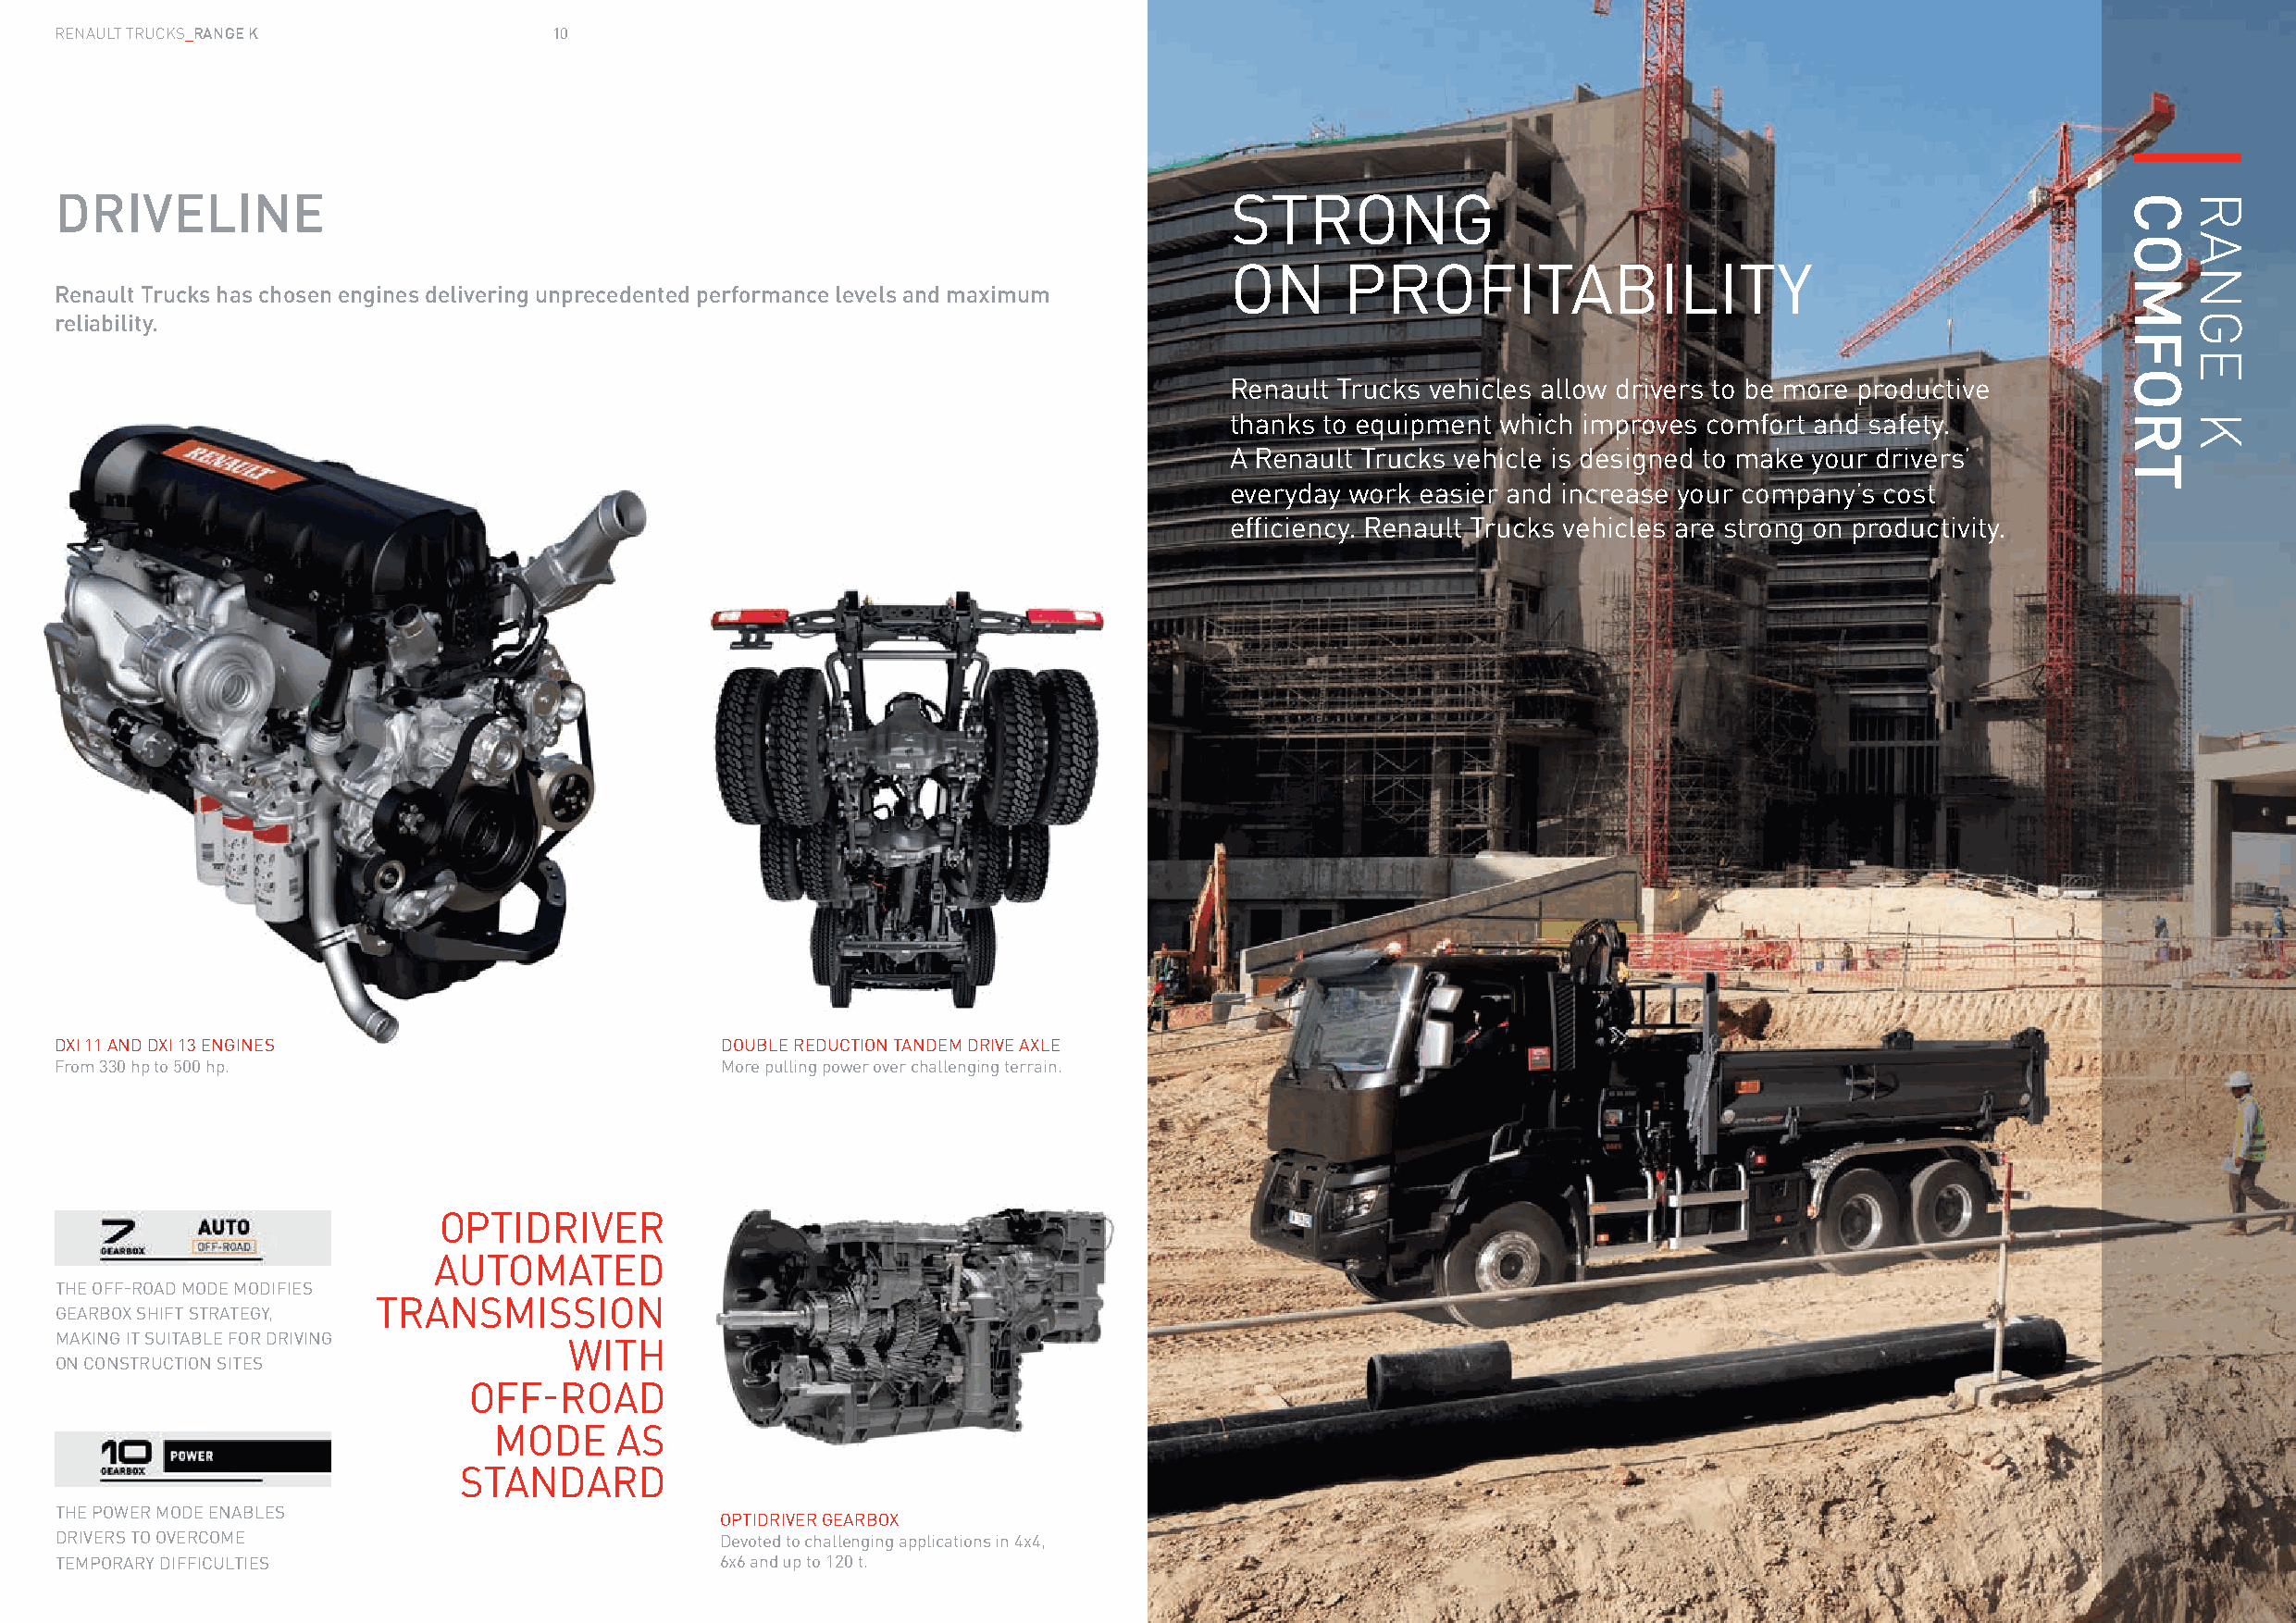
RENAULT TRUCKS_RANGE K              10
 DRIVELINE                                                                           STRONG
 ON      PROFITABILITY
 Renault Trucks has chosen engines delivering unprecedented performance levels and maximum
 reliability.
 Renault Trucks vehicles allow drivers to be more productive
 thanks to equipment which improves comfort and safety.
 A Renault Trucks vehicle is designed to make your drivers’
 everyday work easier and increase your company’s cost
 efficiency. Renault Trucks vehicles are strong on productivity.
 DXI 11 AND DXI 13 ENGINES                       DOUBLE REDUCTION TANDEM DRIVE AXLE
 From 330 hp to 500 hp.                          More pulling power over challenging terrain.
 OPTIDRIVER
 AUTOMATED
 THE OFF-ROAD MODE MODIFIES
 TRANSMISSION
 GEARBOX SHIFT STRATEGY,
 MAKING IT SUITABLE FOR DRIVING
 WITH
 ON CONSTRUCTION SITES
 OFF-ROAD
 MODE     AS
 STANDARD
 THE POWER MODE ENABLES
 OPTIDRIVER GEARBOX
 DRIVERS TO OVERCOME                            Devoted to challenging applications in 4x4,
 TEMPORARY DIFFICULTIES                         6x6 and up to 120 t.
 COMFORT RANGE
 K